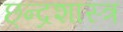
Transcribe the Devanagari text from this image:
छ्न्द्रशास्त्र